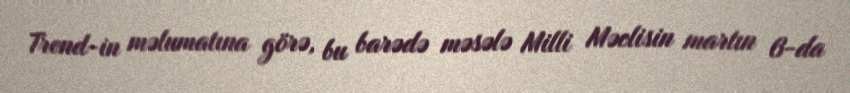
Trend-in məlumatına görə, bu barədə məsələ Milli Məclisin martın 6-da